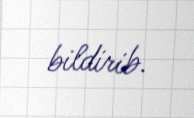
bildirib.